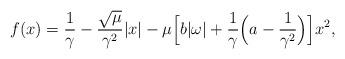
LaTeX: \begin{align*}f(x)= \frac{1}{\gamma}-\frac{\sqrt{\mu}}{\gamma^2}|x|-\mu \Big[ b|\omega|+\frac{1}{\gamma}\Big(a-\frac{1}{\gamma^2}\Big)\Big] x^2,\end{align*}